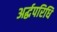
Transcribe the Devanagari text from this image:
अर्द्धपरिधि